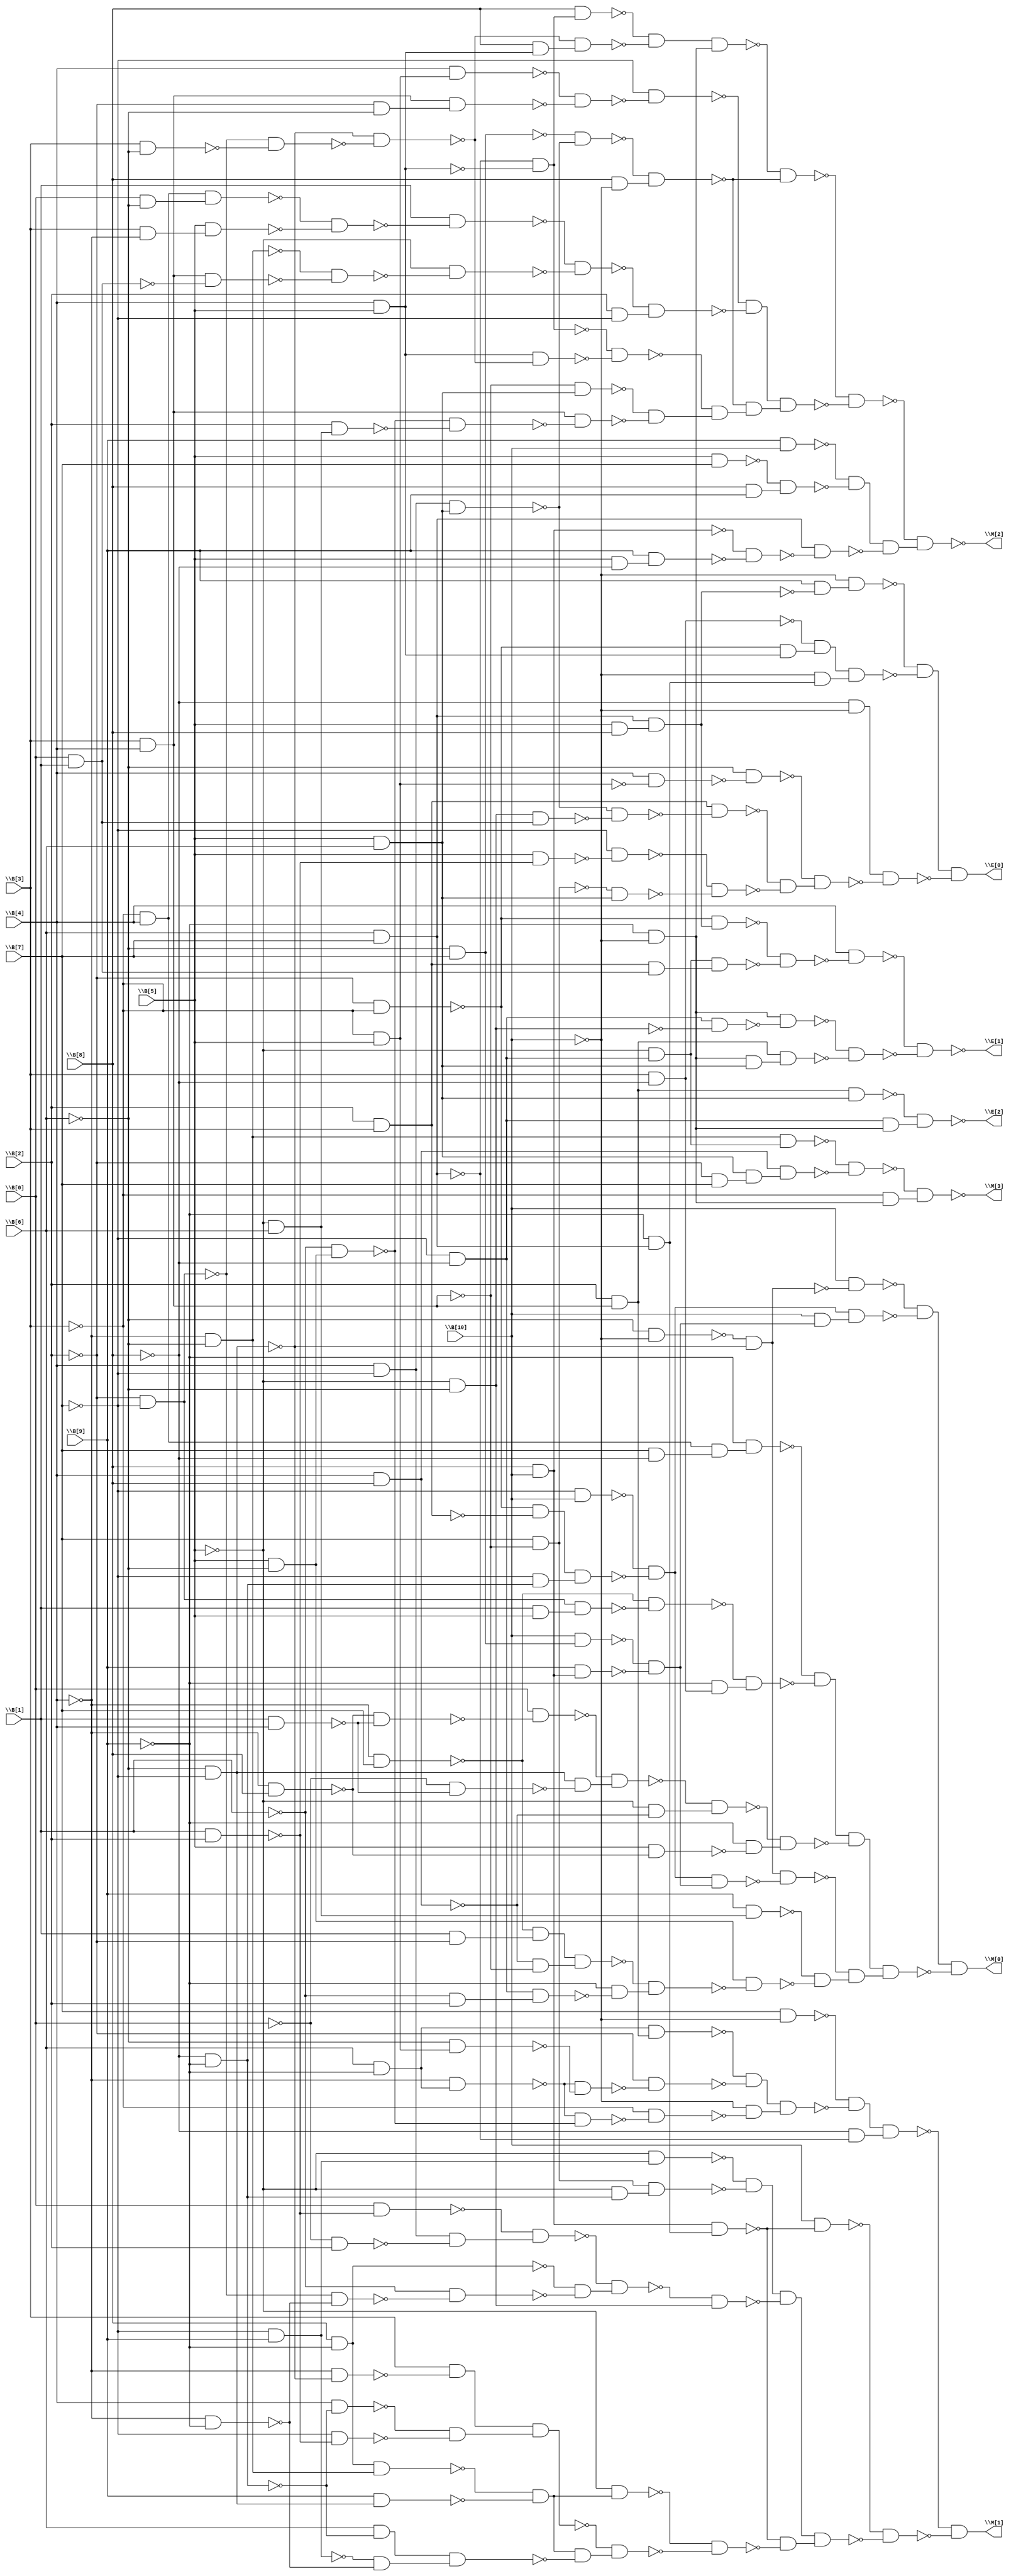
module top( \B[0]  , \B[1]  , \B[2]  , \B[3]  , \B[4]  , \B[5]  , \B[6]  , \B[7]  , \B[8]  , \B[9]  , \B[10]  , \M[0]  , \M[1]  , \M[2]  , \M[3]  , \E[0]  , \E[1]  , \E[2]  );
  input \B[0]  ;
  input \B[1]  ;
  input \B[2]  ;
  input \B[3]  ;
  input \B[4]  ;
  input \B[5]  ;
  input \B[6]  ;
  input \B[7]  ;
  input \B[8]  ;
  input \B[9]  ;
  input \B[10]  ;
  output \M[0]  ;
  output \M[1]  ;
  output \M[2]  ;
  output \M[3]  ;
  output \E[0]  ;
  output \E[1]  ;
  output \E[2]  ;
  wire n12 , n13 , n14 , n15 , n16 , n17 , n18 , n19 , n20 , n21 , n22 , n23 , n24 , n25 , n26 , n27 , n28 , n29 , n30 , n31 , n32 , n33 , n34 , n35 , n36 , n37 , n38 , n39 , n40 , n41 , n42 , n43 , n44 , n45 , n46 , n47 , n48 , n49 , n50 , n51 , n52 , n53 , n54 , n55 , n56 , n57 , n58 , n59 , n60 , n61 , n62 , n63 , n64 , n65 , n66 , n67 , n68 , n69 , n70 , n71 , n72 , n73 , n74 , n75 , n76 , n77 , n78 , n79 , n80 , n81 , n82 , n83 , n84 , n85 , n86 , n87 , n88 , n89 , n90 , n91 , n92 , n93 , n94 , n95 , n96 , n97 , n98 , n99 , n100 , n101 , n102 , n103 , n104 , n105 , n106 , n107 , n108 , n109 , n110 , n111 , n112 , n113 , n114 , n115 , n116 , n117 , n118 , n119 , n120 , n121 , n122 , n123 , n124 , n125 , n126 , n127 , n128 , n129 , n130 , n131 , n132 , n133 , n134 , n135 , n136 , n137 , n138 , n139 , n140 , n141 , n142 , n143 , n144 , n145 , n146 , n147 , n148 , n149 , n150 , n151 , n152 , n153 , n154 , n155 , n156 , n157 , n158 , n159 , n160 , n161 , n162 , n163 , n164 , n165 , n166 , n167 , n168 , n169 , n170 , n171 , n172 , n173 , n174 , n175 , n176 , n177 , n178 , n179 , n180 , n181 , n182 , n183 , n184 , n185 , n186 , n187 , n188 , n189 , n190 , n191 , n192 , n193 , n194 , n195 , n196 , n197 , n198 , n199 , n200 , n201 , n202 , n203 , n204 , n205 , n206 , n207 , n208 , n209 , n210 , n211 , n212 , n213 , n214 , n215 , n216 , n217 , n218 , n219 , n220 , n221 , n222 , n223 , n224 , n225 , n226 , n227 , n228 , n229 , n230 , n231 , n232 , n233 , n234 , n235 , n236 , n237 , n238 , n239 , n240 , n241 , n242 , n243 , n244 , n245 ;
  assign n12 = ~\B[6]  & ~\B[10]  ;
  assign n13 = ~\B[6]  & ~\B[7]  ;
  assign n14 = ~n12 & ~n13 ;
  assign n15 = \B[10]  & ~n14 ;
  assign n16 = ~\B[7]  & \B[10]  ;
  assign n17 = ~\B[2]  & ~\B[3]  ;
  assign n18 = \B[2]  & \B[3]  ;
  assign n19 = ~n17 & ~n18 ;
  assign n20 = ~\B[8]  & ~\B[9]  ;
  assign n21 = ~\B[7]  & n20 ;
  assign n22 = n19 & n21 ;
  assign n23 = ~n16 & ~n22 ;
  assign n24 = ~\B[6]  & \B[7]  ;
  assign n25 = \B[10]  & n24 ;
  assign n26 = \B[8]  & \B[10]  ;
  assign n27 = \B[9]  & n26 ;
  assign n28 = ~n25 & ~n27 ;
  assign n29 = \B[10]  & n28 ;
  assign n30 = n23 & n29 ;
  assign n31 = ~n15 & ~n30 ;
  assign n32 = ~\B[3]  & \B[4]  ;
  assign n33 = \B[7]  & ~\B[8]  ;
  assign n34 = n32 & n33 ;
  assign n35 = ~\B[9]  & n34 ;
  assign n36 = ~\B[4]  & \B[7]  ;
  assign n37 = ~\B[2]  & ~\B[7]  ;
  assign n38 = \B[1]  & \B[5]  ;
  assign n39 = n37 & n38 ;
  assign n40 = ~n36 & ~n39 ;
  assign n41 = \B[3]  & ~\B[8]  ;
  assign n42 = ~\B[9]  & n41 ;
  assign n43 = ~n40 & n42 ;
  assign n44 = ~n35 & ~n43 ;
  assign n45 = ~\B[4]  & \B[8]  ;
  assign n46 = \B[1]  & \B[4]  ;
  assign n47 = ~n45 & ~n46 ;
  assign n48 = \B[0]  & ~n47 ;
  assign n49 = ~\B[0]  & ~n46 ;
  assign n50 = n13 & ~n49 ;
  assign n51 = ~n48 & n50 ;
  assign n52 = \B[4]  & \B[8]  ;
  assign n53 = ~\B[5]  & ~n52 ;
  assign n54 = ~n51 & n53 ;
  assign n55 = \B[5]  & ~n45 ;
  assign n56 = ~\B[9]  & ~n55 ;
  assign n57 = ~n54 & n56 ;
  assign n58 = n44 & ~n57 ;
  assign n59 = n23 & n28 ;
  assign n60 = n14 & ~n59 ;
  assign n61 = ~\B[5]  & \B[6]  ;
  assign n62 = \B[9]  & n61 ;
  assign n63 = \B[5]  & ~\B[6]  ;
  assign n64 = \B[1]  & ~\B[2]  ;
  assign n65 = ~n36 & n64 ;
  assign n66 = \B[3]  & \B[4]  ;
  assign n67 = ~n52 & ~n66 ;
  assign n68 = n65 & n67 ;
  assign n69 = ~\B[7]  & ~\B[8]  ;
  assign n70 = ~\B[1]  & \B[2]  ;
  assign n71 = n69 & n70 ;
  assign n72 = ~\B[9]  & ~n71 ;
  assign n73 = ~n68 & n72 ;
  assign n74 = n63 & ~n73 ;
  assign n75 = ~n62 & ~n74 ;
  assign n76 = ~n60 & n75 ;
  assign n77 = n58 & n76 ;
  assign n78 = n31 & ~n77 ;
  assign n79 = \B[7]  & ~\B[10]  ;
  assign n80 = \B[6]  & ~\B[9]  ;
  assign n81 = \B[2]  & n66 ;
  assign n82 = n80 & n81 ;
  assign n83 = ~\B[4]  & n80 ;
  assign n84 = ~\B[3]  & \B[5]  ;
  assign n85 = ~\B[6]  & n84 ;
  assign n86 = ~n83 & ~n85 ;
  assign n87 = ~\B[2]  & ~n86 ;
  assign n88 = ~n82 & ~n87 ;
  assign n89 = ~\B[1]  & n63 ;
  assign n90 = ~n83 & ~n89 ;
  assign n91 = ~\B[3]  & ~n90 ;
  assign n92 = ~\B[10]  & ~n91 ;
  assign n93 = n88 & n92 ;
  assign n94 = ~n79 & ~n93 ;
  assign n95 = \B[6]  & \B[7]  ;
  assign n96 = ~\B[8]  & ~n95 ;
  assign n97 = n94 & n96 ;
  assign n98 = ~\B[9]  & n95 ;
  assign n99 = n26 & n98 ;
  assign n100 = \B[10]  & ~n99 ;
  assign n101 = ~\B[7]  & \B[9]  ;
  assign n102 = ~\B[5]  & n101 ;
  assign n103 = \B[7]  & ~n66 ;
  assign n104 = ~\B[5]  & n20 ;
  assign n105 = n103 & n104 ;
  assign n106 = ~n102 & ~n105 ;
  assign n107 = \B[1]  & \B[2]  ;
  assign n108 = \B[0]  & ~n107 ;
  assign n109 = \B[4]  & ~\B[7]  ;
  assign n110 = ~\B[0]  & \B[2]  ;
  assign n111 = n109 & ~n110 ;
  assign n112 = ~n108 & n111 ;
  assign n113 = \B[8]  & ~\B[9]  ;
  assign n114 = ~\B[4]  & ~\B[9]  ;
  assign n115 = ~n37 & ~n114 ;
  assign n116 = ~\B[1]  & ~n115 ;
  assign n117 = ~n113 & ~n116 ;
  assign n118 = ~n112 & n117 ;
  assign n119 = ~\B[5]  & ~\B[6]  ;
  assign n120 = ~n118 & n119 ;
  assign n121 = n106 & ~n120 ;
  assign n122 = ~\B[4]  & ~\B[6]  ;
  assign n123 = n113 & n122 ;
  assign n124 = \B[9]  & n13 ;
  assign n125 = ~n123 & ~n124 ;
  assign n126 = ~\B[5]  & n125 ;
  assign n127 = ~\B[4]  & ~n13 ;
  assign n128 = \B[3]  & ~n127 ;
  assign n129 = \B[4]  & ~n20 ;
  assign n130 = ~\B[7]  & ~n107 ;
  assign n131 = ~n129 & ~n130 ;
  assign n132 = n128 & n131 ;
  assign n133 = \B[6]  & ~n20 ;
  assign n134 = ~n101 & ~n114 ;
  assign n135 = n133 & n134 ;
  assign n136 = n125 & ~n135 ;
  assign n137 = ~n132 & n136 ;
  assign n138 = ~n126 & ~n137 ;
  assign n139 = ~n99 & ~n138 ;
  assign n140 = n121 & n139 ;
  assign n141 = ~n100 & ~n140 ;
  assign n142 = ~n97 & ~n141 ;
  assign n143 = \B[4]  & \B[5]  ;
  assign n144 = ~n95 & ~n143 ;
  assign n145 = \B[8]  & n144 ;
  assign n146 = \B[3]  & ~\B[6]  ;
  assign n147 = ~n37 & ~n146 ;
  assign n148 = ~n13 & ~n147 ;
  assign n149 = \B[8]  & n143 ;
  assign n150 = ~n148 & n149 ;
  assign n151 = ~n145 & ~n150 ;
  assign n152 = ~\B[9]  & ~\B[10]  ;
  assign n153 = n151 & n152 ;
  assign n154 = \B[5]  & \B[6]  ;
  assign n155 = n109 & n154 ;
  assign n156 = ~n24 & ~n155 ;
  assign n157 = \B[8]  & ~\B[10]  ;
  assign n158 = ~n156 & n157 ;
  assign n159 = ~n153 & ~n158 ;
  assign n160 = \B[4]  & n84 ;
  assign n161 = ~\B[2]  & ~\B[6]  ;
  assign n162 = n66 & n161 ;
  assign n163 = ~n160 & ~n162 ;
  assign n164 = ~\B[7]  & ~n163 ;
  assign n165 = \B[0]  & ~\B[6]  ;
  assign n166 = n32 & n165 ;
  assign n167 = \B[3]  & ~\B[4]  ;
  assign n168 = \B[5]  & n167 ;
  assign n169 = ~n166 & ~n168 ;
  assign n170 = \B[1]  & ~n169 ;
  assign n171 = \B[0]  & \B[1]  ;
  assign n172 = n66 & ~n171 ;
  assign n173 = ~n122 & ~n172 ;
  assign n174 = ~\B[5]  & ~n173 ;
  assign n175 = ~n170 & ~n174 ;
  assign n176 = \B[2]  & ~\B[7]  ;
  assign n177 = ~n175 & n176 ;
  assign n178 = ~n164 & ~n177 ;
  assign n179 = n143 & ~n148 ;
  assign n180 = ~n144 & ~n179 ;
  assign n181 = ~n66 & n154 ;
  assign n182 = \B[2]  & n61 ;
  assign n183 = ~n89 & ~n182 ;
  assign n184 = n66 & ~n183 ;
  assign n185 = ~n181 & ~n184 ;
  assign n186 = ~n180 & n185 ;
  assign n187 = ~n158 & n186 ;
  assign n188 = n178 & n187 ;
  assign n189 = ~n159 & ~n188 ;
  assign n190 = \B[9]  & \B[10]  ;
  assign n191 = \B[5]  & \B[7]  ;
  assign n192 = \B[8]  & \B[9]  ;
  assign n193 = ~n191 & n192 ;
  assign n194 = ~n190 & ~n193 ;
  assign n195 = \B[5]  & ~\B[8]  ;
  assign n196 = \B[9]  & n195 ;
  assign n197 = ~n26 & ~n196 ;
  assign n198 = n95 & ~n197 ;
  assign n199 = n194 & ~n198 ;
  assign n200 = ~n189 & n199 ;
  assign n201 = ~\B[5]  & n69 ;
  assign n202 = n122 & n201 ;
  assign n203 = ~\B[2]  & \B[7]  ;
  assign n204 = n154 & n203 ;
  assign n205 = n52 & n204 ;
  assign n206 = ~n202 & ~n205 ;
  assign n207 = ~\B[3]  & n152 ;
  assign n208 = ~n206 & n207 ;
  assign n209 = \B[5]  & \B[8]  ;
  assign n210 = n95 & n209 ;
  assign n211 = \B[9]  & ~n210 ;
  assign n212 = ~\B[10]  & n211 ;
  assign n213 = ~n17 & n143 ;
  assign n214 = ~n41 & n213 ;
  assign n215 = ~\B[10]  & n98 ;
  assign n216 = n214 & n215 ;
  assign n217 = ~n212 & ~n216 ;
  assign n218 = ~\B[8]  & ~\B[10]  ;
  assign n219 = \B[4]  & ~n84 ;
  assign n220 = ~\B[6]  & ~n219 ;
  assign n221 = n119 & n171 ;
  assign n222 = ~n155 & ~n221 ;
  assign n223 = n18 & ~n222 ;
  assign n224 = \B[5]  & ~n107 ;
  assign n225 = ~\B[7]  & ~n224 ;
  assign n226 = ~n103 & n154 ;
  assign n227 = ~n225 & ~n226 ;
  assign n228 = ~n223 & ~n227 ;
  assign n229 = ~n220 & n228 ;
  assign n230 = n218 & ~n229 ;
  assign n231 = n217 & ~n230 ;
  assign n232 = ~n17 & n210 ;
  assign n233 = n18 & n171 ;
  assign n234 = n201 & n233 ;
  assign n235 = ~n232 & ~n234 ;
  assign n236 = \B[4]  & ~n235 ;
  assign n237 = n69 & ~n119 ;
  assign n238 = n152 & ~n237 ;
  assign n239 = n152 & n154 ;
  assign n240 = n81 & n239 ;
  assign n241 = ~n238 & ~n240 ;
  assign n242 = ~n236 & ~n241 ;
  assign n243 = n81 & n154 ;
  assign n244 = n69 & n152 ;
  assign n245 = ~n243 & n244 ;
  assign \M[0]  = n78 ;
  assign \M[1]  = n142 ;
  assign \M[2]  = ~n200 ;
  assign \M[3]  = ~n208 ;
  assign \E[0]  = n231 ;
  assign \E[1]  = ~n242 ;
  assign \E[2]  = ~n245 ;
endmodule